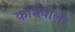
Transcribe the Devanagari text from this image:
कामवाली